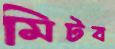
মিটব